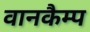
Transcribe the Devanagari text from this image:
वानकैम्प